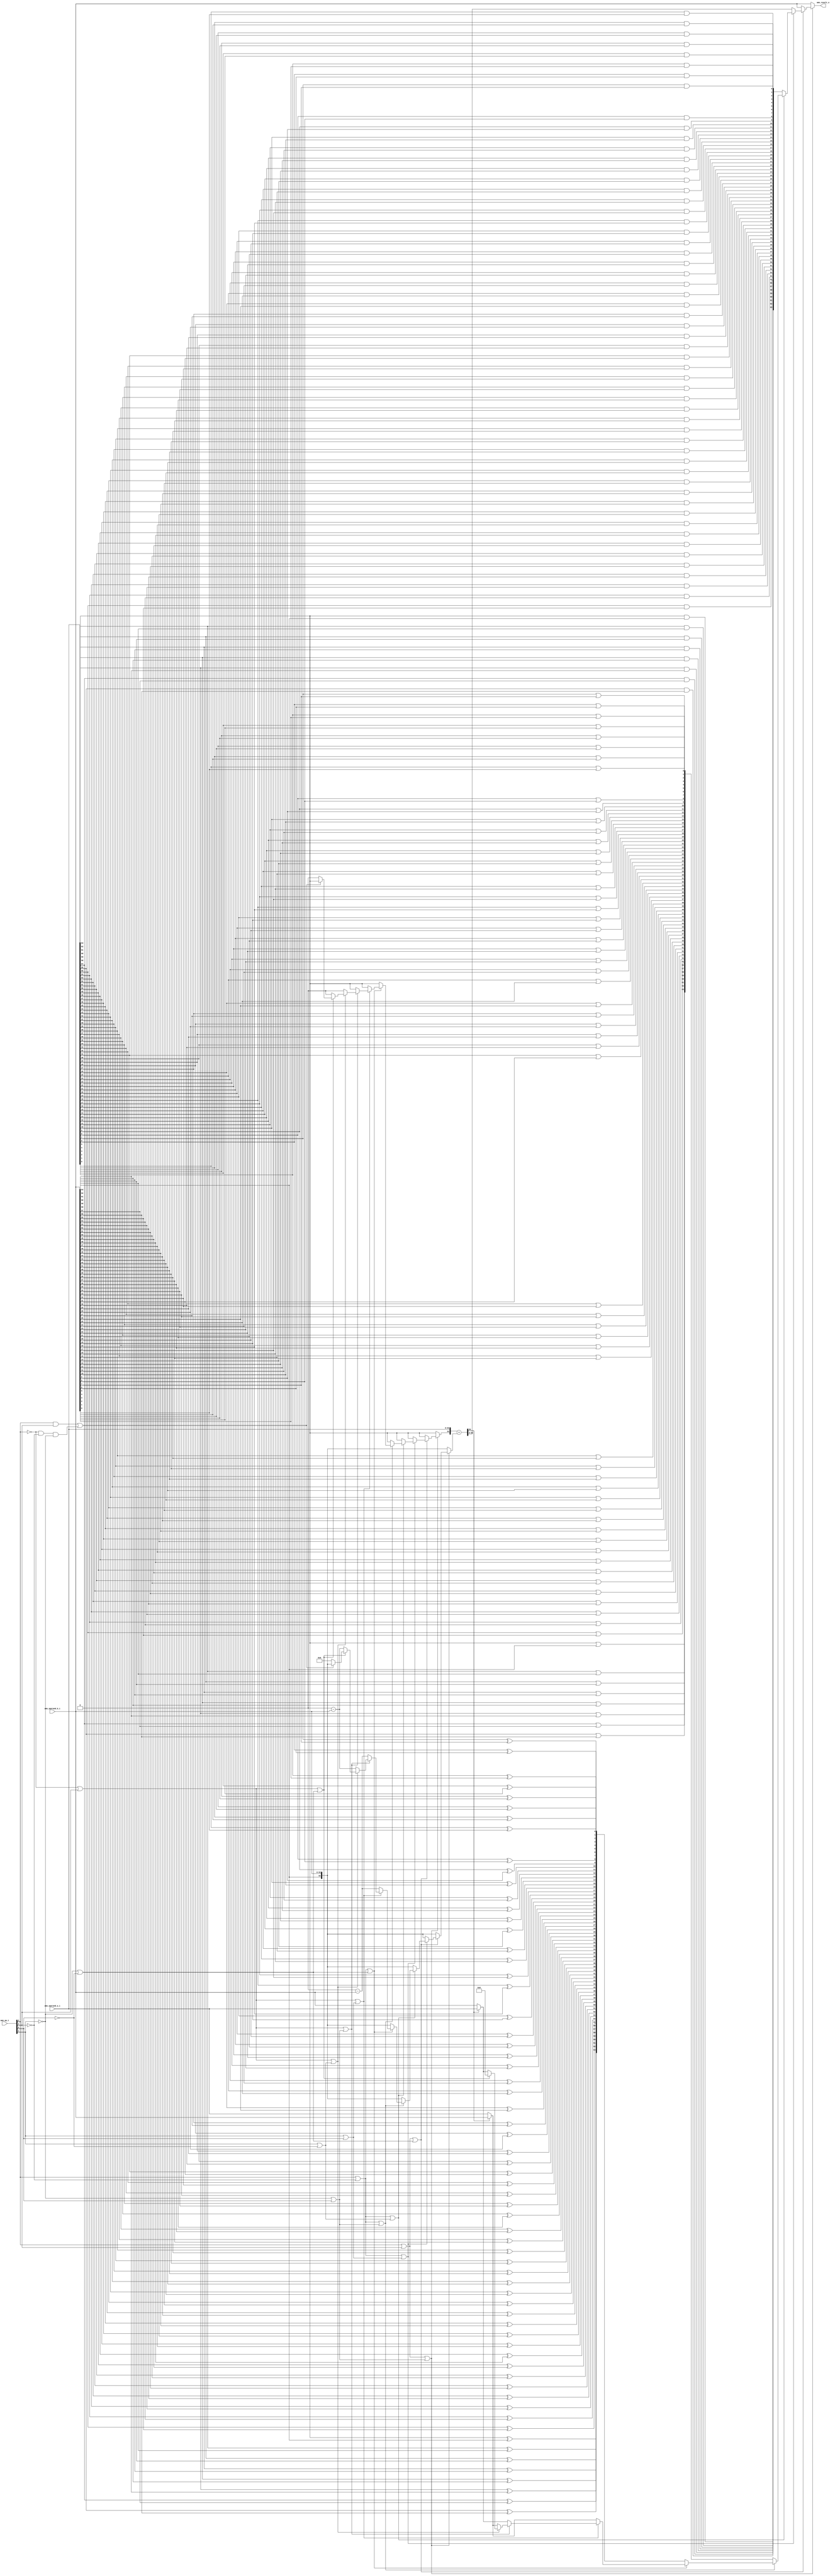
module amo_alu
(
  amo_op_i,
  amo_operand_a_i,
  amo_operand_b_i,
  amo_result_o
);

  input [3:0] amo_op_i;
  input [63:0] amo_operand_a_i;
  input [63:0] amo_operand_b_i;
  output [63:0] amo_result_o;
  wire [63:0] amo_result_o;
  wire N0,N1,N2,N3,N4,N5,N6,N7,N8,N9,N10,N11,N12,N13,N14,N15,N16,N17,N18,N19,N20,N21,
  N22,N23,N24,N25,N26,N27,N28,N29,N30,N31,N32,N33,N34,N35,N36,N37,N38,N39,N40,N41,
  N42,N43,N44,N45,N46,N47,N48,N49,N50,N51,N52,N53,N54,N55,N56,N57,N58,N59,N60,N61,
  N62,N63,N64,N65,N66,N67,N68,N69,N70,N71,N72,N73,N74,N75,N76,N77,N78,N79,N80,N81,
  N82,N83,N84,N85,N86,N87,N88,N89,N90,N91,N92,N93,N94,N95,N96,N97,N98,N99,N100,N101,
  N102,N103,N104,N105,N106,N107,N108,N109,N110,N111,N112,N113,N114,N115,N116,N117,
  N118,N119,N120,N121,N122,N123,N124,N125,N126,N127,N128,N129,N130,N131,N132,N133,
  N134,N135,N136,N137,N138,N139,N140,N141,N142,N143,N144,N145,N146,N147,N148,N149,
  N150,N151,N152,N153,N154,N155,N156,N157,N158,N159,N160,N161,N162,N163,N164,N165,
  N166,N167,N168,N169,N170,N171,N172,N173,N174,N175,N176,N177,N178,N179,N180,N181,
  N182,N183,N184,N185,N186,N187,N188,N189,N190,N191,N192,N193,N194,N195,N196,N197,
  N198,N199,N200,N201,N202,N203,N204,N205,N206,N207,N208,N209,N210,N211,N212,N213,
  N214,N215,N216,N217,N218,N219,N220,N221,N222,N223,N224,N225,N226,N227,N228,N229,
  N230,N231,N232,N233,N234,N235,N236,N237,N238,N239,N240,N241,N242,N243,N244,N245,
  N246,N247,N248,N249,N250,N251,N252,N253,N254,N255,N256,N257,N258,N259,N260,N261,
  N262,N263,N264,N265,N266,N267,N268,N269,N270,N271,N272,N273,N274,N275,N276,N277,
  N278,N279,N280,N281,N282,N283,N284,N285,N286,N287,N288,N289,N290,N291,N292,N293,
  N294,N295,N296,N297,N298,N299,N300,N301,N302,N303,N304,N305,N306,N307,N308,N309,
  N310,N311,N312,N313,N314,N315,N316,N317,N318,N319,N320,N321,N322,N323,N324,N325,
  N326,N327,N328,N329,N330,N331,N332,N333,N334,N335,N336,N337,N338,N339,N340,N341,
  N342,N343,N344,N345,N346,N347,N348,N349,N350,N351,N352,N353,N354,N355,N356,N357,
  N358,N359,N360,N361,N362,N363,N364,N365,N366,N367,N368,N369,N370,N371,N372,N373,
  N374,N375,N376,N377,N378,N379,N380,N381,N382,N383,N384,N385,N386,N387,N388,N389,
  N390,N391,N392,N393,N394,N395,N396,N397,N398,N399,N400,N401,N402,N403,N404,N405,
  N406,N407,N408,N409,N410,N411,N412,N413,N414,N415,N416,N417,N418,N419,N420,N421,
  N422,N423,N424,N425,N426,N427,N428,N429,N430,N431,N432,N433,N434,N435,N436,N437,
  N438,N439,N440,N441,N442,N443,N444,N445,N446,N447,N448,N449,N450,N451,N452,N453,
  N454,N455,N456,N457,N458,N459,N460,N461,N462,N463,N464,N465,N466,N467,N468,N469,
  N470,N471,N472,N473,N474,N475,N476,N477,N478,N479,N480,N481,N482,N483,N484,N485,
  N486,N487,N488,N489,N490,N491,N492,N493,N494,N495,N496,N497,N498,N499,N500,N501,
  N502,N503,N504,N505,N506,N507,N508,N509,N510,N511,N512,N513,N514,N515,N516,N517,
  N518,N519,N520,N521,N522,N523,N524,N525,N526,N527,N528,N529,N530,N531,N532,N533,
  N534,N535,N536,N537,N538,N539,N540,N541,N542,N543,N544,N545,N546,N547,N548,N549,
  N550,N551,N552,N553,N554,N555,N556,N557,N558,N559,N560,N561,N562,N563,N564,N565,
  N566,N567,N568,N569,N570,N571,N572,N573,N574,N575,N576,N577,N578,N579,N580,N581,
  N582,N583,N584,N585,N586,N587,N588,N589,N590,N591,N592,N593,N594,N595,N596,N597,
  N598,N599,N600,N601,N602,N603,N604,N605,N606,N607,N608,N609,N610,N611,N612,N613,
  N614,N615,N616,N617,N618,N619,N620,N621,N622,N623,N624,N625,N626,N627,N628,N629,
  N630,N631,N632,N633,N634,N635,N636,N637,N638,N639,N640,N641,N642,N643,N644,N645,
  N646,N647,N648,N649,N650,N651,N652,N653,N654,N655,N656,N657,N658,N659,N660,N661,
  N662,N663,N664,N665,N666,N667,N668,N669,N670,N671,N672,N673,N674,N675,N676,N677,
  N678,N679,N680,N681,N682,N683,N684,N685,N686,N687,N688,N689,N690,N691,N692,N693,
  N694,N695,N696,N697,N698,N699,N700,N701,N702,N703,N704,N705,N706,N707,N708,N709,
  N710,N711,N712,N713,N714,N715,N716,N717,N718,N719,N720,N721,N722,N723,N724,N725,
  N726,N727,N728,N729,N730,N731,N732,N733,N734,N735,N736,N737,N738,N739,N740,N741,
  N742,N743,N744,N745,N746,N747,N748,N749,N750,N751,N752,N753,N754,N755;
  wire [64:64] adder_operand_a;
  wire [64:0] adder_operand_b,adder_sum;
  assign N12 = amo_op_i[3] | amo_op_i[2];
  assign N13 = N43 | amo_op_i[0];
  assign N14 = N12 | N13;
  assign N17 = N43 | N16;
  assign N18 = N12 | N17;
  assign N21 = amo_op_i[3] | N20;
  assign N22 = amo_op_i[1] | amo_op_i[0];
  assign N23 = N21 | N22;
  assign N25 = amo_op_i[1] | N16;
  assign N26 = N21 | N25;
  assign N28 = N21 | N13;
  assign N30 = N21 | N17;
  assign N32 = N42 | amo_op_i[2];
  assign N33 = N32 | N22;
  assign N35 = N32 | N13;
  assign N37 = N32 | N25;
  assign N39 = N32 | N17;
  assign N41 = amo_op_i[3] & amo_op_i[2];
  assign N44 = N42 & N20;
  assign N45 = N44 & N43;
  assign { N303, N302, N301, N300, N299, N298, N297, N296, N295, N294, N293, N292, N291, N290, N289, N288, N287, N286, N285, N284, N283, N282, N281, N280, N279, N278, N277, N276, N275, N274, N273, N272, N271, N270, N269, N268, N267, N266, N265, N264, N263, N262, N261, N260, N259, N258, N257, N256, N255, N254, N253, N252, N251, N250, N249, N248, N247, N246, N245, N244, N243, N242, N241, N240, N239 } = $signed(1'b0) - $signed(amo_operand_b_i);
  assign { N433, N432, N431, N430, N429, N428, N427, N426, N425, N424, N423, N422, N421, N420, N419, N418, N417, N416, N415, N414, N413, N412, N411, N410, N409, N408, N407, N406, N405, N404, N403, N402, N401, N400, N399, N398, N397, N396, N395, N394, N393, N392, N391, N390, N389, N388, N387, N386, N385, N384, N383, N382, N381, N380, N379, N378, N377, N376, N375, N374, N373, N372, N371, N370, N369 } = $signed(1'b0) - $signed(amo_operand_b_i);
  assign { N562, N561, N560, N559, N558, N557, N556, N555, N554, N553, N552, N551, N550, N549, N548, N547, N546, N545, N544, N543, N542, N541, N540, N539, N538, N537, N536, N535, N534, N533, N532, N531, N530, N529, N528, N527, N526, N525, N524, N523, N522, N521, N520, N519, N518, N517, N516, N515, N514, N513, N512, N511, N510, N509, N508, N507, N506, N505, N504, N503, N502, N501, N500, N499, N498 } = 1'b0 - amo_operand_b_i;
  assign { N691, N690, N689, N688, N687, N686, N685, N684, N683, N682, N681, N680, N679, N678, N677, N676, N675, N674, N673, N672, N671, N670, N669, N668, N667, N666, N665, N664, N663, N662, N661, N660, N659, N658, N657, N656, N655, N654, N653, N652, N651, N650, N649, N648, N647, N646, N645, N644, N643, N642, N641, N640, N639, N638, N637, N636, N635, N634, N633, N632, N631, N630, N629, N628, N627 } = 1'b0 - amo_operand_b_i;
  assign adder_sum = { adder_operand_a[64:64], amo_operand_a_i } + adder_operand_b;
  assign { N368, N367, N366, N365, N364, N363, N362, N361, N360, N359, N358, N357, N356, N355, N354, N353, N352, N351, N350, N349, N348, N347, N346, N345, N344, N343, N342, N341, N340, N339, N338, N337, N336, N335, N334, N333, N332, N331, N330, N329, N328, N327, N326, N325, N324, N323, N322, N321, N320, N319, N318, N317, N316, N315, N314, N313, N312, N311, N310, N309, N308, N307, N306, N305 } = (N0)? amo_operand_b_i : 
                                                                                                                                                                                                                                                                                                                                                                                                              (N304)? amo_operand_a_i : 1'b0;
  assign N0 = adder_sum[64];
  assign { N497, N496, N495, N494, N493, N492, N491, N490, N489, N488, N487, N486, N485, N484, N483, N482, N481, N480, N479, N478, N477, N476, N475, N474, N473, N472, N471, N470, N469, N468, N467, N466, N465, N464, N463, N462, N461, N460, N459, N458, N457, N456, N455, N454, N453, N452, N451, N450, N449, N448, N447, N446, N445, N444, N443, N442, N441, N440, N439, N438, N437, N436, N435, N434 } = (N0)? amo_operand_a_i : 
                                                                                                                                                                                                                                                                                                                                                                                                              (N304)? amo_operand_b_i : 1'b0;
  assign { N626, N625, N624, N623, N622, N621, N620, N619, N618, N617, N616, N615, N614, N613, N612, N611, N610, N609, N608, N607, N606, N605, N604, N603, N602, N601, N600, N599, N598, N597, N596, N595, N594, N593, N592, N591, N590, N589, N588, N587, N586, N585, N584, N583, N582, N581, N580, N579, N578, N577, N576, N575, N574, N573, N572, N571, N570, N569, N568, N567, N566, N565, N564, N563 } = (N0)? amo_operand_b_i : 
                                                                                                                                                                                                                                                                                                                                                                                                              (N304)? amo_operand_a_i : 1'b0;
  assign { N755, N754, N753, N752, N751, N750, N749, N748, N747, N746, N745, N744, N743, N742, N741, N740, N739, N738, N737, N736, N735, N734, N733, N732, N731, N730, N729, N728, N727, N726, N725, N724, N723, N722, N721, N720, N719, N718, N717, N716, N715, N714, N713, N712, N711, N710, N709, N708, N707, N706, N705, N704, N703, N702, N701, N700, N699, N698, N697, N696, N695, N694, N693, N692 } = (N0)? amo_operand_a_i : 
                                                                                                                                                                                                                                                                                                                                                                                                              (N304)? amo_operand_b_i : 1'b0;
  assign amo_result_o = (N1)? amo_operand_b_i : 
                        (N2)? amo_operand_b_i : 
                        (N3)? adder_sum[63:0] : 
                        (N4)? { N47, N48, N49, N50, N51, N52, N53, N54, N55, N56, N57, N58, N59, N60, N61, N62, N63, N64, N65, N66, N67, N68, N69, N70, N71, N72, N73, N74, N75, N76, N77, N78, N79, N80, N81, N82, N83, N84, N85, N86, N87, N88, N89, N90, N91, N92, N93, N94, N95, N96, N97, N98, N99, N100, N101, N102, N103, N104, N105, N106, N107, N108, N109, N110 } : 
                        (N5)? { N111, N112, N113, N114, N115, N116, N117, N118, N119, N120, N121, N122, N123, N124, N125, N126, N127, N128, N129, N130, N131, N132, N133, N134, N135, N136, N137, N138, N139, N140, N141, N142, N143, N144, N145, N146, N147, N148, N149, N150, N151, N152, N153, N154, N155, N156, N157, N158, N159, N160, N161, N162, N163, N164, N165, N166, N167, N168, N169, N170, N171, N172, N173, N174 } : 
                        (N6)? { N175, N176, N177, N178, N179, N180, N181, N182, N183, N184, N185, N186, N187, N188, N189, N190, N191, N192, N193, N194, N195, N196, N197, N198, N199, N200, N201, N202, N203, N204, N205, N206, N207, N208, N209, N210, N211, N212, N213, N214, N215, N216, N217, N218, N219, N220, N221, N222, N223, N224, N225, N226, N227, N228, N229, N230, N231, N232, N233, N234, N235, N236, N237, N238 } : 
                        (N7)? { N368, N367, N366, N365, N364, N363, N362, N361, N360, N359, N358, N357, N356, N355, N354, N353, N352, N351, N350, N349, N348, N347, N346, N345, N344, N343, N342, N341, N340, N339, N338, N337, N336, N335, N334, N333, N332, N331, N330, N329, N328, N327, N326, N325, N324, N323, N322, N321, N320, N319, N318, N317, N316, N315, N314, N313, N312, N311, N310, N309, N308, N307, N306, N305 } : 
                        (N8)? { N497, N496, N495, N494, N493, N492, N491, N490, N489, N488, N487, N486, N485, N484, N483, N482, N481, N480, N479, N478, N477, N476, N475, N474, N473, N472, N471, N470, N469, N468, N467, N466, N465, N464, N463, N462, N461, N460, N459, N458, N457, N456, N455, N454, N453, N452, N451, N450, N449, N448, N447, N446, N445, N444, N443, N442, N441, N440, N439, N438, N437, N436, N435, N434 } : 
                        (N9)? { N626, N625, N624, N623, N622, N621, N620, N619, N618, N617, N616, N615, N614, N613, N612, N611, N610, N609, N608, N607, N606, N605, N604, N603, N602, N601, N600, N599, N598, N597, N596, N595, N594, N593, N592, N591, N590, N589, N588, N587, N586, N585, N584, N583, N582, N581, N580, N579, N578, N577, N576, N575, N574, N573, N572, N571, N570, N569, N568, N567, N566, N565, N564, N563 } : 
                        (N10)? { N755, N754, N753, N752, N751, N750, N749, N748, N747, N746, N745, N744, N743, N742, N741, N740, N739, N738, N737, N736, N735, N734, N733, N732, N731, N730, N729, N728, N727, N726, N725, N724, N723, N722, N721, N720, N719, N718, N717, N716, N715, N714, N713, N712, N711, N710, N709, N708, N707, N706, N705, N704, N703, N702, N701, N700, N699, N698, N697, N696, N695, N694, N693, N692 } : 
                        (N11)? { 1'b0, 1'b0, 1'b0, 1'b0, 1'b0, 1'b0, 1'b0, 1'b0, 1'b0, 1'b0, 1'b0, 1'b0, 1'b0, 1'b0, 1'b0, 1'b0, 1'b0, 1'b0, 1'b0, 1'b0, 1'b0, 1'b0, 1'b0, 1'b0, 1'b0, 1'b0, 1'b0, 1'b0, 1'b0, 1'b0, 1'b0, 1'b0, 1'b0, 1'b0, 1'b0, 1'b0, 1'b0, 1'b0, 1'b0, 1'b0, 1'b0, 1'b0, 1'b0, 1'b0, 1'b0, 1'b0, 1'b0, 1'b0, 1'b0, 1'b0, 1'b0, 1'b0, 1'b0, 1'b0, 1'b0, 1'b0, 1'b0, 1'b0, 1'b0, 1'b0, 1'b0, 1'b0, 1'b0, 1'b0 } : 1'b0;
  assign N1 = N15;
  assign N2 = N19;
  assign N3 = N24;
  assign N4 = N27;
  assign N5 = N29;
  assign N6 = N31;
  assign N7 = N34;
  assign N8 = N36;
  assign N9 = N38;
  assign N10 = N40;
  assign N11 = N46;
  assign adder_operand_b = (N1)? { amo_operand_b_i[63:63], amo_operand_b_i } : 
                           (N2)? { amo_operand_b_i[63:63], amo_operand_b_i } : 
                           (N3)? { amo_operand_b_i[63:63], amo_operand_b_i } : 
                           (N4)? { amo_operand_b_i[63:63], amo_operand_b_i } : 
                           (N5)? { amo_operand_b_i[63:63], amo_operand_b_i } : 
                           (N6)? { amo_operand_b_i[63:63], amo_operand_b_i } : 
                           (N7)? { N303, N302, N301, N300, N299, N298, N297, N296, N295, N294, N293, N292, N291, N290, N289, N288, N287, N286, N285, N284, N283, N282, N281, N280, N279, N278, N277, N276, N275, N274, N273, N272, N271, N270, N269, N268, N267, N266, N265, N264, N263, N262, N261, N260, N259, N258, N257, N256, N255, N254, N253, N252, N251, N250, N249, N248, N247, N246, N245, N244, N243, N242, N241, N240, N239 } : 
                           (N8)? { N433, N432, N431, N430, N429, N428, N427, N426, N425, N424, N423, N422, N421, N420, N419, N418, N417, N416, N415, N414, N413, N412, N411, N410, N409, N408, N407, N406, N405, N404, N403, N402, N401, N400, N399, N398, N397, N396, N395, N394, N393, N392, N391, N390, N389, N388, N387, N386, N385, N384, N383, N382, N381, N380, N379, N378, N377, N376, N375, N374, N373, N372, N371, N370, N369 } : 
                           (N9)? { N562, N561, N560, N559, N558, N557, N556, N555, N554, N553, N552, N551, N550, N549, N548, N547, N546, N545, N544, N543, N542, N541, N540, N539, N538, N537, N536, N535, N534, N533, N532, N531, N530, N529, N528, N527, N526, N525, N524, N523, N522, N521, N520, N519, N518, N517, N516, N515, N514, N513, N512, N511, N510, N509, N508, N507, N506, N505, N504, N503, N502, N501, N500, N499, N498 } : 
                           (N10)? { N691, N690, N689, N688, N687, N686, N685, N684, N683, N682, N681, N680, N679, N678, N677, N676, N675, N674, N673, N672, N671, N670, N669, N668, N667, N666, N665, N664, N663, N662, N661, N660, N659, N658, N657, N656, N655, N654, N653, N652, N651, N650, N649, N648, N647, N646, N645, N644, N643, N642, N641, N640, N639, N638, N637, N636, N635, N634, N633, N632, N631, N630, N629, N628, N627 } : 
                           (N11)? { amo_operand_b_i[63:63], amo_operand_b_i } : 1'b0;
  assign adder_operand_a[64] = (N1)? amo_operand_a_i[63] : 
                               (N2)? amo_operand_a_i[63] : 
                               (N3)? amo_operand_a_i[63] : 
                               (N4)? amo_operand_a_i[63] : 
                               (N5)? amo_operand_a_i[63] : 
                               (N6)? amo_operand_a_i[63] : 
                               (N7)? amo_operand_a_i[63] : 
                               (N8)? amo_operand_a_i[63] : 
                               (N9)? 1'b0 : 
                               (N10)? 1'b0 : 
                               (N11)? amo_operand_a_i[63] : 1'b0;
  assign N15 = ~N14;
  assign N16 = ~amo_op_i[0];
  assign N19 = ~N18;
  assign N20 = ~amo_op_i[2];
  assign N24 = ~N23;
  assign N27 = ~N26;
  assign N29 = ~N28;
  assign N31 = ~N30;
  assign N34 = ~N33;
  assign N36 = ~N35;
  assign N38 = ~N37;
  assign N40 = ~N39;
  assign N42 = ~amo_op_i[3];
  assign N43 = ~amo_op_i[1];
  assign N46 = N41 | N45;
  assign N47 = amo_operand_a_i[63] & amo_operand_b_i[63];
  assign N48 = amo_operand_a_i[62] & amo_operand_b_i[62];
  assign N49 = amo_operand_a_i[61] & amo_operand_b_i[61];
  assign N50 = amo_operand_a_i[60] & amo_operand_b_i[60];
  assign N51 = amo_operand_a_i[59] & amo_operand_b_i[59];
  assign N52 = amo_operand_a_i[58] & amo_operand_b_i[58];
  assign N53 = amo_operand_a_i[57] & amo_operand_b_i[57];
  assign N54 = amo_operand_a_i[56] & amo_operand_b_i[56];
  assign N55 = amo_operand_a_i[55] & amo_operand_b_i[55];
  assign N56 = amo_operand_a_i[54] & amo_operand_b_i[54];
  assign N57 = amo_operand_a_i[53] & amo_operand_b_i[53];
  assign N58 = amo_operand_a_i[52] & amo_operand_b_i[52];
  assign N59 = amo_operand_a_i[51] & amo_operand_b_i[51];
  assign N60 = amo_operand_a_i[50] & amo_operand_b_i[50];
  assign N61 = amo_operand_a_i[49] & amo_operand_b_i[49];
  assign N62 = amo_operand_a_i[48] & amo_operand_b_i[48];
  assign N63 = amo_operand_a_i[47] & amo_operand_b_i[47];
  assign N64 = amo_operand_a_i[46] & amo_operand_b_i[46];
  assign N65 = amo_operand_a_i[45] & amo_operand_b_i[45];
  assign N66 = amo_operand_a_i[44] & amo_operand_b_i[44];
  assign N67 = amo_operand_a_i[43] & amo_operand_b_i[43];
  assign N68 = amo_operand_a_i[42] & amo_operand_b_i[42];
  assign N69 = amo_operand_a_i[41] & amo_operand_b_i[41];
  assign N70 = amo_operand_a_i[40] & amo_operand_b_i[40];
  assign N71 = amo_operand_a_i[39] & amo_operand_b_i[39];
  assign N72 = amo_operand_a_i[38] & amo_operand_b_i[38];
  assign N73 = amo_operand_a_i[37] & amo_operand_b_i[37];
  assign N74 = amo_operand_a_i[36] & amo_operand_b_i[36];
  assign N75 = amo_operand_a_i[35] & amo_operand_b_i[35];
  assign N76 = amo_operand_a_i[34] & amo_operand_b_i[34];
  assign N77 = amo_operand_a_i[33] & amo_operand_b_i[33];
  assign N78 = amo_operand_a_i[32] & amo_operand_b_i[32];
  assign N79 = amo_operand_a_i[31] & amo_operand_b_i[31];
  assign N80 = amo_operand_a_i[30] & amo_operand_b_i[30];
  assign N81 = amo_operand_a_i[29] & amo_operand_b_i[29];
  assign N82 = amo_operand_a_i[28] & amo_operand_b_i[28];
  assign N83 = amo_operand_a_i[27] & amo_operand_b_i[27];
  assign N84 = amo_operand_a_i[26] & amo_operand_b_i[26];
  assign N85 = amo_operand_a_i[25] & amo_operand_b_i[25];
  assign N86 = amo_operand_a_i[24] & amo_operand_b_i[24];
  assign N87 = amo_operand_a_i[23] & amo_operand_b_i[23];
  assign N88 = amo_operand_a_i[22] & amo_operand_b_i[22];
  assign N89 = amo_operand_a_i[21] & amo_operand_b_i[21];
  assign N90 = amo_operand_a_i[20] & amo_operand_b_i[20];
  assign N91 = amo_operand_a_i[19] & amo_operand_b_i[19];
  assign N92 = amo_operand_a_i[18] & amo_operand_b_i[18];
  assign N93 = amo_operand_a_i[17] & amo_operand_b_i[17];
  assign N94 = amo_operand_a_i[16] & amo_operand_b_i[16];
  assign N95 = amo_operand_a_i[15] & amo_operand_b_i[15];
  assign N96 = amo_operand_a_i[14] & amo_operand_b_i[14];
  assign N97 = amo_operand_a_i[13] & amo_operand_b_i[13];
  assign N98 = amo_operand_a_i[12] & amo_operand_b_i[12];
  assign N99 = amo_operand_a_i[11] & amo_operand_b_i[11];
  assign N100 = amo_operand_a_i[10] & amo_operand_b_i[10];
  assign N101 = amo_operand_a_i[9] & amo_operand_b_i[9];
  assign N102 = amo_operand_a_i[8] & amo_operand_b_i[8];
  assign N103 = amo_operand_a_i[7] & amo_operand_b_i[7];
  assign N104 = amo_operand_a_i[6] & amo_operand_b_i[6];
  assign N105 = amo_operand_a_i[5] & amo_operand_b_i[5];
  assign N106 = amo_operand_a_i[4] & amo_operand_b_i[4];
  assign N107 = amo_operand_a_i[3] & amo_operand_b_i[3];
  assign N108 = amo_operand_a_i[2] & amo_operand_b_i[2];
  assign N109 = amo_operand_a_i[1] & amo_operand_b_i[1];
  assign N110 = amo_operand_a_i[0] & amo_operand_b_i[0];
  assign N111 = amo_operand_a_i[63] | amo_operand_b_i[63];
  assign N112 = amo_operand_a_i[62] | amo_operand_b_i[62];
  assign N113 = amo_operand_a_i[61] | amo_operand_b_i[61];
  assign N114 = amo_operand_a_i[60] | amo_operand_b_i[60];
  assign N115 = amo_operand_a_i[59] | amo_operand_b_i[59];
  assign N116 = amo_operand_a_i[58] | amo_operand_b_i[58];
  assign N117 = amo_operand_a_i[57] | amo_operand_b_i[57];
  assign N118 = amo_operand_a_i[56] | amo_operand_b_i[56];
  assign N119 = amo_operand_a_i[55] | amo_operand_b_i[55];
  assign N120 = amo_operand_a_i[54] | amo_operand_b_i[54];
  assign N121 = amo_operand_a_i[53] | amo_operand_b_i[53];
  assign N122 = amo_operand_a_i[52] | amo_operand_b_i[52];
  assign N123 = amo_operand_a_i[51] | amo_operand_b_i[51];
  assign N124 = amo_operand_a_i[50] | amo_operand_b_i[50];
  assign N125 = amo_operand_a_i[49] | amo_operand_b_i[49];
  assign N126 = amo_operand_a_i[48] | amo_operand_b_i[48];
  assign N127 = amo_operand_a_i[47] | amo_operand_b_i[47];
  assign N128 = amo_operand_a_i[46] | amo_operand_b_i[46];
  assign N129 = amo_operand_a_i[45] | amo_operand_b_i[45];
  assign N130 = amo_operand_a_i[44] | amo_operand_b_i[44];
  assign N131 = amo_operand_a_i[43] | amo_operand_b_i[43];
  assign N132 = amo_operand_a_i[42] | amo_operand_b_i[42];
  assign N133 = amo_operand_a_i[41] | amo_operand_b_i[41];
  assign N134 = amo_operand_a_i[40] | amo_operand_b_i[40];
  assign N135 = amo_operand_a_i[39] | amo_operand_b_i[39];
  assign N136 = amo_operand_a_i[38] | amo_operand_b_i[38];
  assign N137 = amo_operand_a_i[37] | amo_operand_b_i[37];
  assign N138 = amo_operand_a_i[36] | amo_operand_b_i[36];
  assign N139 = amo_operand_a_i[35] | amo_operand_b_i[35];
  assign N140 = amo_operand_a_i[34] | amo_operand_b_i[34];
  assign N141 = amo_operand_a_i[33] | amo_operand_b_i[33];
  assign N142 = amo_operand_a_i[32] | amo_operand_b_i[32];
  assign N143 = amo_operand_a_i[31] | amo_operand_b_i[31];
  assign N144 = amo_operand_a_i[30] | amo_operand_b_i[30];
  assign N145 = amo_operand_a_i[29] | amo_operand_b_i[29];
  assign N146 = amo_operand_a_i[28] | amo_operand_b_i[28];
  assign N147 = amo_operand_a_i[27] | amo_operand_b_i[27];
  assign N148 = amo_operand_a_i[26] | amo_operand_b_i[26];
  assign N149 = amo_operand_a_i[25] | amo_operand_b_i[25];
  assign N150 = amo_operand_a_i[24] | amo_operand_b_i[24];
  assign N151 = amo_operand_a_i[23] | amo_operand_b_i[23];
  assign N152 = amo_operand_a_i[22] | amo_operand_b_i[22];
  assign N153 = amo_operand_a_i[21] | amo_operand_b_i[21];
  assign N154 = amo_operand_a_i[20] | amo_operand_b_i[20];
  assign N155 = amo_operand_a_i[19] | amo_operand_b_i[19];
  assign N156 = amo_operand_a_i[18] | amo_operand_b_i[18];
  assign N157 = amo_operand_a_i[17] | amo_operand_b_i[17];
  assign N158 = amo_operand_a_i[16] | amo_operand_b_i[16];
  assign N159 = amo_operand_a_i[15] | amo_operand_b_i[15];
  assign N160 = amo_operand_a_i[14] | amo_operand_b_i[14];
  assign N161 = amo_operand_a_i[13] | amo_operand_b_i[13];
  assign N162 = amo_operand_a_i[12] | amo_operand_b_i[12];
  assign N163 = amo_operand_a_i[11] | amo_operand_b_i[11];
  assign N164 = amo_operand_a_i[10] | amo_operand_b_i[10];
  assign N165 = amo_operand_a_i[9] | amo_operand_b_i[9];
  assign N166 = amo_operand_a_i[8] | amo_operand_b_i[8];
  assign N167 = amo_operand_a_i[7] | amo_operand_b_i[7];
  assign N168 = amo_operand_a_i[6] | amo_operand_b_i[6];
  assign N169 = amo_operand_a_i[5] | amo_operand_b_i[5];
  assign N170 = amo_operand_a_i[4] | amo_operand_b_i[4];
  assign N171 = amo_operand_a_i[3] | amo_operand_b_i[3];
  assign N172 = amo_operand_a_i[2] | amo_operand_b_i[2];
  assign N173 = amo_operand_a_i[1] | amo_operand_b_i[1];
  assign N174 = amo_operand_a_i[0] | amo_operand_b_i[0];
  assign N175 = amo_operand_a_i[63] ^ amo_operand_b_i[63];
  assign N176 = amo_operand_a_i[62] ^ amo_operand_b_i[62];
  assign N177 = amo_operand_a_i[61] ^ amo_operand_b_i[61];
  assign N178 = amo_operand_a_i[60] ^ amo_operand_b_i[60];
  assign N179 = amo_operand_a_i[59] ^ amo_operand_b_i[59];
  assign N180 = amo_operand_a_i[58] ^ amo_operand_b_i[58];
  assign N181 = amo_operand_a_i[57] ^ amo_operand_b_i[57];
  assign N182 = amo_operand_a_i[56] ^ amo_operand_b_i[56];
  assign N183 = amo_operand_a_i[55] ^ amo_operand_b_i[55];
  assign N184 = amo_operand_a_i[54] ^ amo_operand_b_i[54];
  assign N185 = amo_operand_a_i[53] ^ amo_operand_b_i[53];
  assign N186 = amo_operand_a_i[52] ^ amo_operand_b_i[52];
  assign N187 = amo_operand_a_i[51] ^ amo_operand_b_i[51];
  assign N188 = amo_operand_a_i[50] ^ amo_operand_b_i[50];
  assign N189 = amo_operand_a_i[49] ^ amo_operand_b_i[49];
  assign N190 = amo_operand_a_i[48] ^ amo_operand_b_i[48];
  assign N191 = amo_operand_a_i[47] ^ amo_operand_b_i[47];
  assign N192 = amo_operand_a_i[46] ^ amo_operand_b_i[46];
  assign N193 = amo_operand_a_i[45] ^ amo_operand_b_i[45];
  assign N194 = amo_operand_a_i[44] ^ amo_operand_b_i[44];
  assign N195 = amo_operand_a_i[43] ^ amo_operand_b_i[43];
  assign N196 = amo_operand_a_i[42] ^ amo_operand_b_i[42];
  assign N197 = amo_operand_a_i[41] ^ amo_operand_b_i[41];
  assign N198 = amo_operand_a_i[40] ^ amo_operand_b_i[40];
  assign N199 = amo_operand_a_i[39] ^ amo_operand_b_i[39];
  assign N200 = amo_operand_a_i[38] ^ amo_operand_b_i[38];
  assign N201 = amo_operand_a_i[37] ^ amo_operand_b_i[37];
  assign N202 = amo_operand_a_i[36] ^ amo_operand_b_i[36];
  assign N203 = amo_operand_a_i[35] ^ amo_operand_b_i[35];
  assign N204 = amo_operand_a_i[34] ^ amo_operand_b_i[34];
  assign N205 = amo_operand_a_i[33] ^ amo_operand_b_i[33];
  assign N206 = amo_operand_a_i[32] ^ amo_operand_b_i[32];
  assign N207 = amo_operand_a_i[31] ^ amo_operand_b_i[31];
  assign N208 = amo_operand_a_i[30] ^ amo_operand_b_i[30];
  assign N209 = amo_operand_a_i[29] ^ amo_operand_b_i[29];
  assign N210 = amo_operand_a_i[28] ^ amo_operand_b_i[28];
  assign N211 = amo_operand_a_i[27] ^ amo_operand_b_i[27];
  assign N212 = amo_operand_a_i[26] ^ amo_operand_b_i[26];
  assign N213 = amo_operand_a_i[25] ^ amo_operand_b_i[25];
  assign N214 = amo_operand_a_i[24] ^ amo_operand_b_i[24];
  assign N215 = amo_operand_a_i[23] ^ amo_operand_b_i[23];
  assign N216 = amo_operand_a_i[22] ^ amo_operand_b_i[22];
  assign N217 = amo_operand_a_i[21] ^ amo_operand_b_i[21];
  assign N218 = amo_operand_a_i[20] ^ amo_operand_b_i[20];
  assign N219 = amo_operand_a_i[19] ^ amo_operand_b_i[19];
  assign N220 = amo_operand_a_i[18] ^ amo_operand_b_i[18];
  assign N221 = amo_operand_a_i[17] ^ amo_operand_b_i[17];
  assign N222 = amo_operand_a_i[16] ^ amo_operand_b_i[16];
  assign N223 = amo_operand_a_i[15] ^ amo_operand_b_i[15];
  assign N224 = amo_operand_a_i[14] ^ amo_operand_b_i[14];
  assign N225 = amo_operand_a_i[13] ^ amo_operand_b_i[13];
  assign N226 = amo_operand_a_i[12] ^ amo_operand_b_i[12];
  assign N227 = amo_operand_a_i[11] ^ amo_operand_b_i[11];
  assign N228 = amo_operand_a_i[10] ^ amo_operand_b_i[10];
  assign N229 = amo_operand_a_i[9] ^ amo_operand_b_i[9];
  assign N230 = amo_operand_a_i[8] ^ amo_operand_b_i[8];
  assign N231 = amo_operand_a_i[7] ^ amo_operand_b_i[7];
  assign N232 = amo_operand_a_i[6] ^ amo_operand_b_i[6];
  assign N233 = amo_operand_a_i[5] ^ amo_operand_b_i[5];
  assign N234 = amo_operand_a_i[4] ^ amo_operand_b_i[4];
  assign N235 = amo_operand_a_i[3] ^ amo_operand_b_i[3];
  assign N236 = amo_operand_a_i[2] ^ amo_operand_b_i[2];
  assign N237 = amo_operand_a_i[1] ^ amo_operand_b_i[1];
  assign N238 = amo_operand_a_i[0] ^ amo_operand_b_i[0];
  assign N304 = ~adder_sum[64];

endmodule